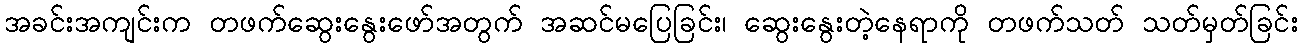
အခင်းအကျင်းက တဖက်ဆွေးနွေးဖော်အတွက် အဆင်မပြေခြင်း၊ ဆွေးနွေးတဲ့နေရာကို တဖက်သတ် သတ်မှတ်ခြင်း